Annual statistical returns and brief notes on vaccination in Bengal - 1896-1909
Year: 1896
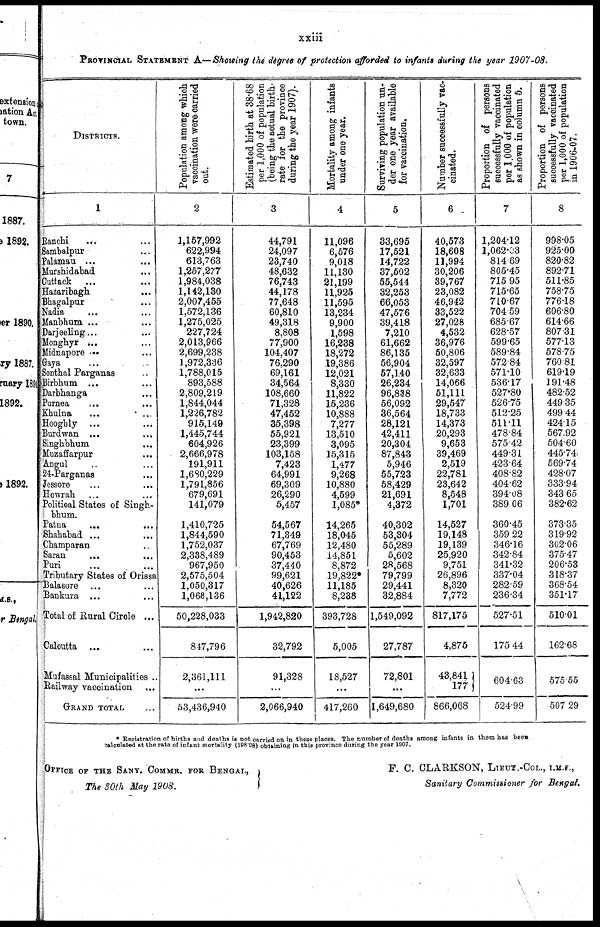
xxiii
PROVINCIAL STATEMENT A.—Showing the degree of protection afforded to infants during the year 1907-08.
DISTRICTS.
1
Ranchi... ...
Sambalpur... ...
Palamau... ...
Murshidabad... ...
Cuttack... ...
Hazaribagh... ...
Bhagalpur... ...
Nadia... ...
Manbhum... ...
Darjeeling... ...
Monghyr... ...
Midnapore... ...
Gaya... ...
Sonthal Parganas... ...
Birbhum... ...
Darbhanga... ...
Purnea... ...
Khulna... ...
Hooghly... ...
Burdwan... ...
Singhbhum... ...
Muzaffarpur... ...
Angul... ...
24-Parganas... ...
Jessore...
...
Howrah... ...
Political States of Singh-
bhum
Patna... ...
Shahabad... ... ...
Champaran... ...
Saran... ...
Puri... ...
Tributary States of Orissa
Balasore... ...
Bankura ...
Total of Rural Circle ...
Calcutta... ...
Mufassal Municipalities ..
Railway vaccination...
GRAND TOTAL...
Population among which
vaccination were carried
out.
2
1,157,992
622,994
613,763
1,257,277
1,984,038
1,142,130
2,007,455
1,572,136
1,275,025
227,724
2,013,966
2,699,238
1,972,336
1,788,015
893,588
2,809,219
1,844,044
1,226,782
915,149
1,445,744
604,926
2,666,978
191,911
1,680,229
1,791,856
679,691
141,079
1,410,725
1,844,590
1,752,037
2,338,489
967,950
2,575,504
1,050,317
1,068,136
50,228,033
847,796
2,361,111
...
53,436,940
Estimated birth at 38.68
per 1,000 of population
(being the actual birth-
rate for the province
during the year 1907).
3
44,791
24,097
23,740
48,632
76,743
44,178
77,648
60,810
49,318
8,808
77,900
104,407
76,290
69,161
34,564
108,660
71,328
47,452
35,398
55,921
23,399
103,158
7,423
64,991
69,309
26,290
5,457
54,567
71,349
67,769
90,453
37,440
99,621
40,626
41,122
1,942,820
32,792
91,328
...
2,066,940
Mortality among infants
under one year.
4
11,096
6,576
9,018
11,130
21,199
11,925
11,595
13,234
9,900
1,598
16,238
18,272
19,386
12,021
8,330
11,822
15,236
10,888
7,277
13,510
3,095
15,315
1,477
9,268
10,880
4,599
1,085*
14,265
18,045
12,480
11,851
8,872
19,822*
11,185
8,238
393,728
5,005
18,527
...
417,260
Surviving population un-
der one year available
for vaccination.
5
33,695
17,521
14,722
37,502
55,544
32,253
66,053
47,576
39,418
7,210
61,662
86,135
56,904
57,140
26,234
96,838
56,092
36,564
28,121
42,411
20,304
87,843
5,946
55,723
58,429
21,691
4,372
40,302
53,304
55,289
5,602
28,568
79,799
29,441
32,884
1,549,092
27,787
72,801
...
1,649,680
Number successfully vac-
cinated.
6
40,573
18,608
11,994
30,206
39,767
23,082
46,942
33,522
27,028
4,532
36,976
50,806
32,597
32,633
14,066
51,111
29,547
18,733
14,373
20,293
9,653
39,469
2,519
22,781
23,642
8,548
1,701
14,527
19,148
19,139
25,920
9,751
26,896
8,320
7,772
817,175
4,875
43,841
177
866,068
Proportion of persons
successfully vaccinated
per 1,000 of population
as shown in column 5.
7
1,204.12
1,062.03
814.69
805.45
715.95
715.65
710.67
704.59
685.67
628.57
599.65
589.84
572.84
571.10
536.17
527.80
526.75
512.25
511.11
478.84
575.42
449.31
423.64
408.82
404.62
394.08
389.06
360.45
359.22
346.16
342.84
341.32
337.04
282.59
236.34
527.51
175.44
604.63
524.99
Proportion of persons
successfully vaccinated
per 1,000 of population
in 1906-07.
8
998.05
925.00
820.82
892.71
511.85
758.75
776.18
606.80
614.66
807.31
577.13
578.75
760.81
619.19
191.48
482.52
449.35
499.44
424.15
567.92
504.60
445.74
569.74
428.07
333.94
343.65
382.62
373.35
319.92
302.06
375.47
206.53
318.37
368.54
351.17
510.01
162.68
575.55
507.29
* Registration of births and deaths is not carried on in these places. The number of deaths anions infants in them has been
calculated at the rate of infant mortality (19898) obtaining in this province during the year 1907.
OFFICE OF THE SANY. COMMR. FOR BENGAL,
The 30th May 1908.
F. C. CLARKSON, LIEUT.-COL., I.M.S.,
Sanitary Commissioner for Bengal.